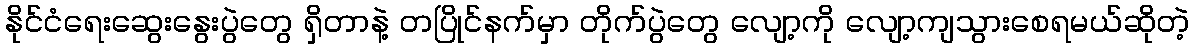
နိုင်ငံရေးဆွေးနွေးပွဲတွေ ရှိတာနဲ့ တပြိုင်နက်မှာ တိုက်ပွဲတွေ လျော့ကို လျော့ကျသွားစေရမယ်ဆိုတဲ့